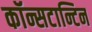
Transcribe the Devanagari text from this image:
कॉन्सटान्टिन